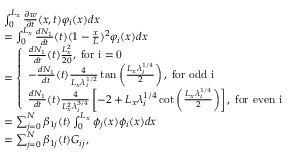
\begin{array} { r l } & { \int _ { 0 } ^ { L _ { x } } \frac { \partial w } { \partial t } ( x , t ) \varphi _ { i } ( x ) d x } \\ & { = \int _ { 0 } ^ { L _ { x } } \frac { d N _ { 1 } } { d t } ( t ) ( 1 - \frac { x } { L } ) ^ { 2 } \varphi _ { i } ( x ) d x } \\ & { = \left\{ \begin{array} { l l } { \frac { d N _ { 1 } } { d t } ( t ) \frac { L _ { x } ^ { 2 } } { 2 0 } , \; \mathrm { f o r ~ i = 0 ~ } } \\ { - \frac { d N _ { 1 } } { d t } ( t ) \frac { 4 } { L _ { x } \lambda _ { i } ^ { 1 / 2 } } \tan \left( \frac { L _ { x } \lambda _ { i } ^ { 1 / 4 } } { 2 } \right) , \; \mathrm { f o r ~ o d d ~ i ~ } } \\ { \frac { d N _ { 1 } } { d t } ( t ) \frac { 4 } { L _ { x } ^ { 2 } \lambda _ { i } ^ { 3 / 4 } } \left[ - 2 + L _ { x } \lambda _ { i } ^ { 1 / 4 } \cot \left( \frac { L _ { x } \lambda _ { i } ^ { 1 / 4 } } { 2 } \right) \right] , \; \mathrm { f o r ~ e v e n ~ i ~ } } \end{array} \right. } \\ & { = \sum _ { j = 0 } ^ { N } \beta _ { 1 j } ( t ) \int _ { 0 } ^ { L _ { x } } \phi _ { j } ( x ) \phi _ { i } ( x ) d x } \\ & { = \sum _ { j = 0 } ^ { N } \beta _ { 1 j } ( t ) G _ { i j } , } \end{array}